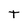
Character: T